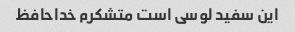
این سفید لوسی است متشکرم خداحافظ